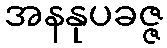
အနနုပခဇ္ဇ